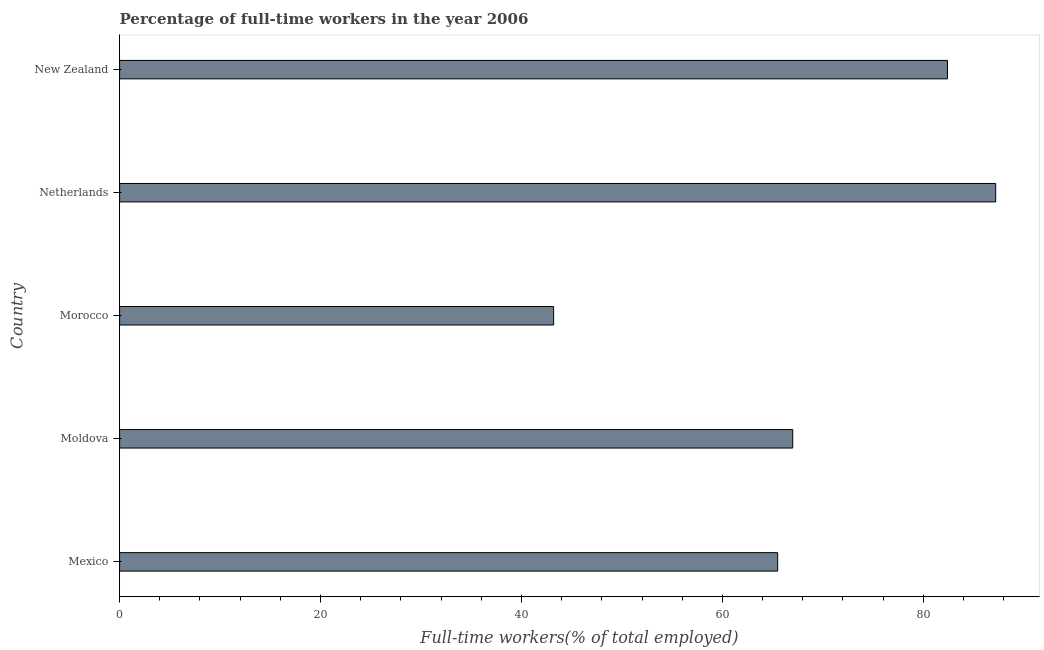
| Country | Wage and salaried workers |
 | --- | --- |
 | Mexico | 65.5 |
 | Moldova | 67 |
 | Morocco | 43.2 |
 | Netherlands | 87.2 |
 | New Zealand | 82.4 |